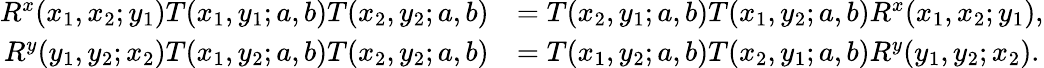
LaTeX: \begin{array}{rl}{R^{x}(x_{1},x_{2};y_{1})T(x_{1},y_{1};a,b)T(x_{2},y_{2};a,b)}&{=T(x_{2},y_{1};a,b)T(x_{1},y_{2};a,b)R^{x}(x_{1},x_{2};y_{1}),}\\ {R^{y}(y_{1},y_{2};x_{2})T(x_{1},y_{2};a,b)T(x_{2},y_{2};a,b)}&{=T(x_{1},y_{2};a,b)T(x_{2},y_{1};a,b)R^{y}(y_{1},y_{2};x_{2}).}\end{array}